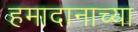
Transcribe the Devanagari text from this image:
हमादानाच्या